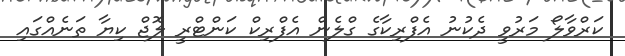
ކަރްވާލޯ މަރުވީ ދެކުނު އެފްރިކާގެ ގްލެން އެފްރިކް ކަންޓްރީ ލޮޖް ކިޔާ ތަނެއްގައި